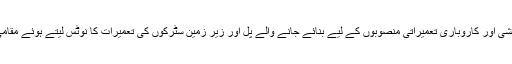
اسلام آباد — چیف جسٹس تصدق حسین جیلانی نے کراچی شہر کے کلفٹن کے علاقے میں نئے رہائشی اور کاروباری تعمیراتی منصوبوں کے لیے بنائے جانے والے پل اور زیر زمین سٹرکوں کی تعمیرات کا نوٹس لیتے ہوئے مقامی انتظامیہ کو ہدایت کی ہے کہ آئندہ دو ہفتوں میں اس بارے میں عدالت میں رپورٹ پیش کی جائے۔